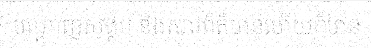
បណ្តាញសង្គម និងសារព័ត៌មានហើយក៏មាន